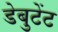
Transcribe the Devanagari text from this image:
डेबुटेंट